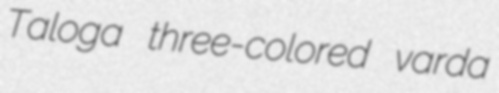
Taloga three-colored varda